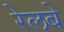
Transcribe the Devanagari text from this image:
रेलबे